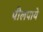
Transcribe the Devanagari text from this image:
पीलपाये